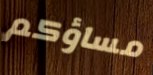
مساؤكم